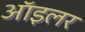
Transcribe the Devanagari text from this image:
ऑइलर